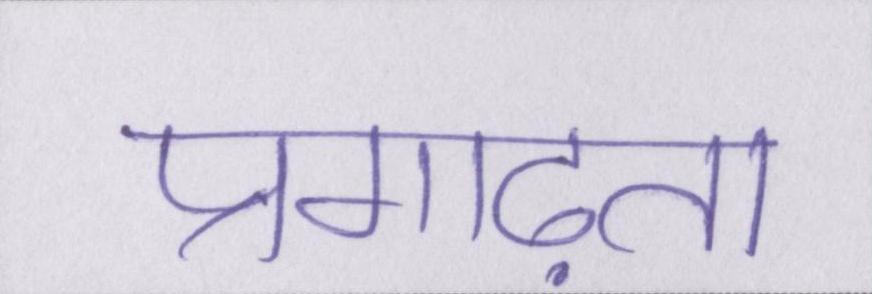
प्रगाढ़ता